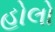
હોલો